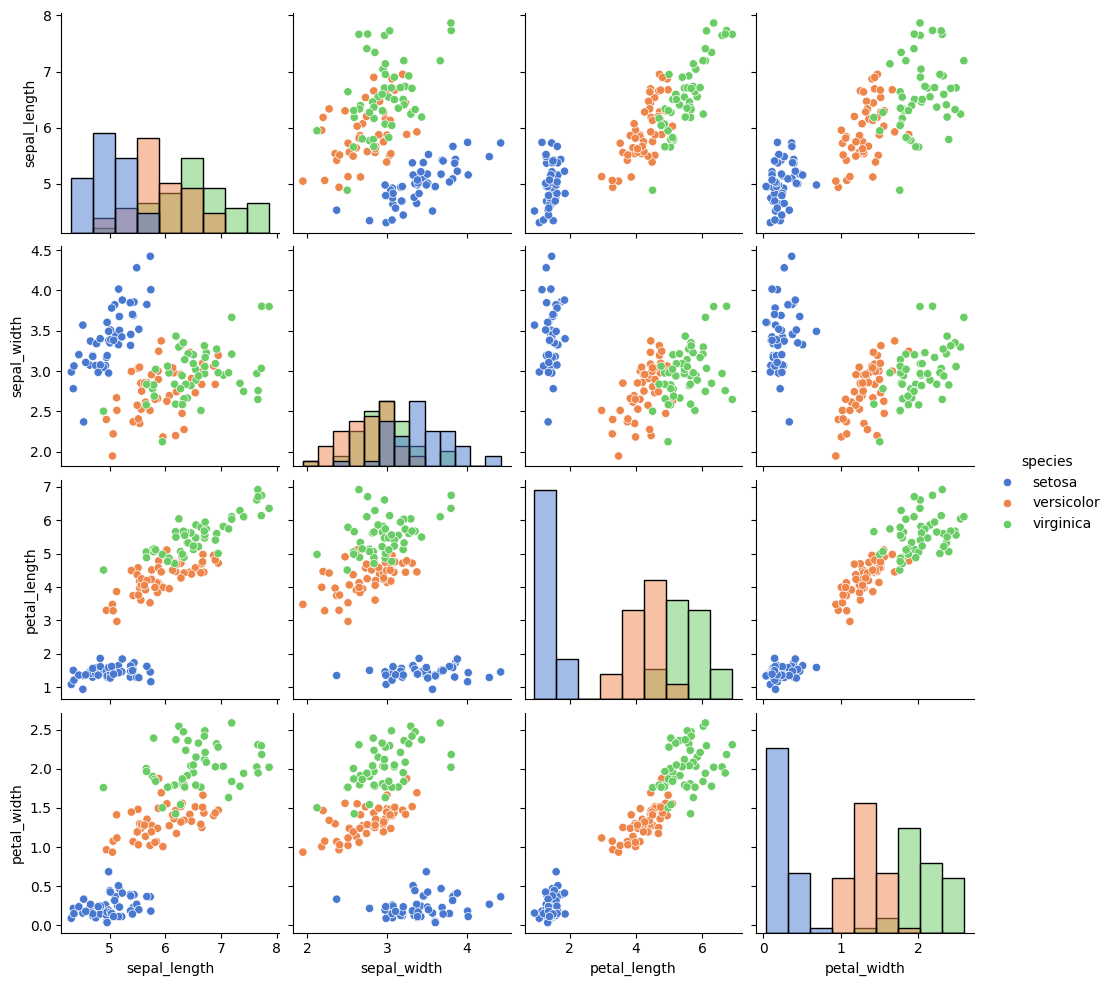
python, seaborn, pairplot, palette='muted', markers=['o'], kind='scatter', diag_kind='hist'